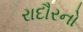
રાદૌરનો